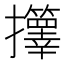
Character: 𫾟